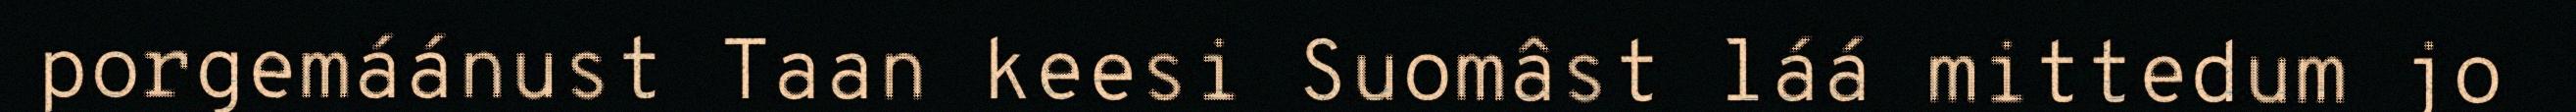
porgemáánust Taan keesi Suomâst láá mittedum jo